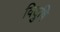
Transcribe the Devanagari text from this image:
विदुषि